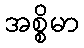
အစ္စိမာ